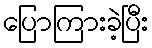
ပြောကြားခဲ့ပြီး